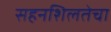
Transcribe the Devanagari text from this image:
सहनशिलतेचा